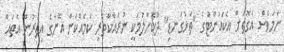
ނަމަވެސް އެގޮތަށް އެކައުންޓުގެ "ތަޅުގަނޑި" ދޫކޮށްލުމަކީ ނުރައްކާތެރި ކަމެއްކަން އޭނާގެ އިތުރުން އެތައް